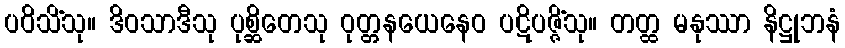
ပဝိသိံသု။ ဒိဝသာဒီသု ပုစ္ဆိတေသု ဝုတ္တနယေနေဝ ပဋိပဇ္ဇိံသု။ တတ္ထ မနုဿာ နိဋ္ဌုဘနံ